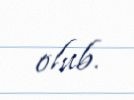
olub.